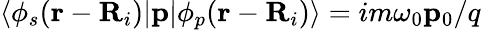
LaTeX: \langle\phi_{s}({\mathbf r}-{\mathbf R}_{i})|{\mathbf p}|\phi_{p}({\mathbf r}-{\mathbf R}_{i})\rangle=im\omega_{0}{\mathbf p}_{0}/q